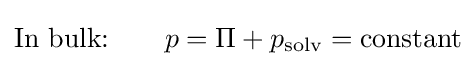
{\text{In bulk:}}~~~~~~p=\Pi +p_{\text{solv}}={\text{constant}}